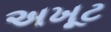
અખૂટ